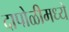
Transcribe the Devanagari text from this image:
दापोळीमध्ये